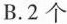
B.2个